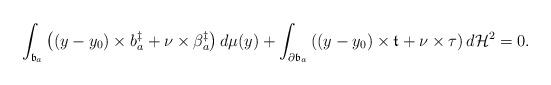
LaTeX: \begin{align*}\int_{\mathfrak{b}_{a}}\left( \left( y-y_{0}\right) \times b_{a}^{\ddagger }+\nu\times \beta_{a} ^{\ddagger }\right) d\mu(y)+\int_{\partial \mathfrak{b}_{a}}\left( \left( y-y_{0}\right) \times \mathfrak{t}+\nu \times \tau \right) d\mathcal{H}^{2}=0. \end{align*}